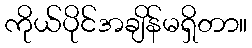
ကိုယ်ပိုင်အချိန်မရှိတာ။